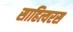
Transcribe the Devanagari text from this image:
साहित्यरस